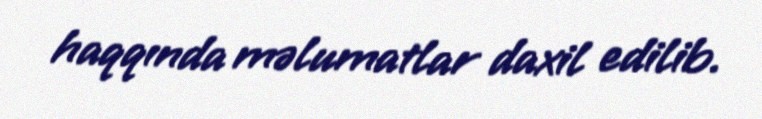
haqqında məlumatlar daxil edilib.